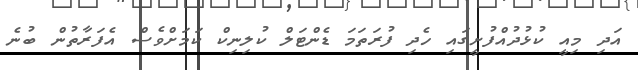
އަދި މިއީ ކުޅުދުއްފުށީގައި ހެދި ފުރަތަމަ ޑެންޓަލް ކުލިނިކް ކަމަށްވެސް އެފަރާތުން ބުނެ